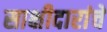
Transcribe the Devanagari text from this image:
साक्षीदारांचे